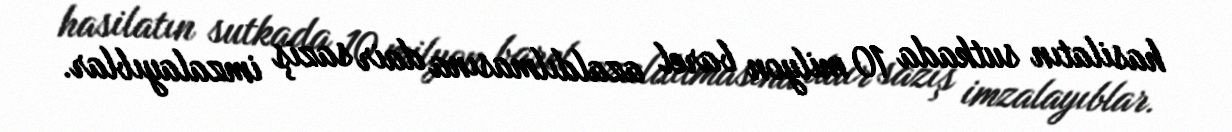
hasilatın sutkada 10 milyon barel azaldılmasına dair saziş imzalayıblar.